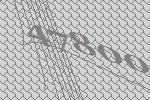
47800